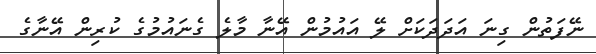
ނޭފަތުން ގިނަ އަދަދަކަށް ލޭ އައުމުން އޭނާ މާލެ ގެނައުމުގެ ކުރިން އޭނާގެ